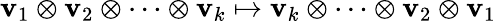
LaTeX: \mathbf{v}_{1}\otimes\mathbf{v}_{2}\otimes\cdots\otimes\mathbf{v}_{k}\mapsto\mathbf{v}_{k}\otimes\cdots\otimes\mathbf{v}_{2}\otimes\mathbf{v}_{1}